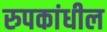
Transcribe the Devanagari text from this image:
रुपकांधील